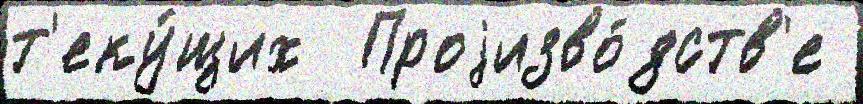
т'еку́щих  Проjизво́дств'е